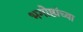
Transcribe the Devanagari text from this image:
भगोष्ठांच्या